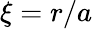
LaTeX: \xi=r/a